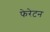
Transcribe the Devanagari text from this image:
फेरेटन